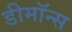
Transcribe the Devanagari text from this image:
डीमॉन्स